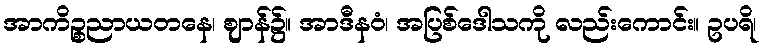
အာကိဉ္စညာယတနေ၊ ဈာန်၌။ အာဒီနဝံ၊ အပြစ်ဒေါသကို လည်းကောင်း။ ဥပရိ၊